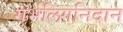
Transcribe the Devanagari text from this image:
गर्भलिंगनिदान